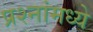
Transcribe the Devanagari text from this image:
प्रश्‍नांमध्‍ये